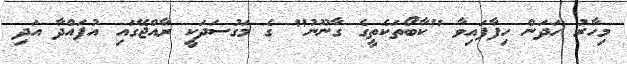
މިހާރު ހަދަން ހިފާފައިވާ "ކާބޯތަކެތީގެ ގާނޫނު" ގެ މަގުސަދަކީ ރާއްޖޭގައި އުފައްދާ އަދި